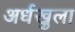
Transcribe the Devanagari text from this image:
अर्धखुला